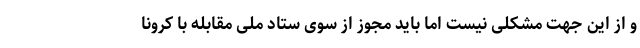
و از این جهت مشکلی نیست اما باید مجوز از سوی ستاد ملی مقابله با کرونا